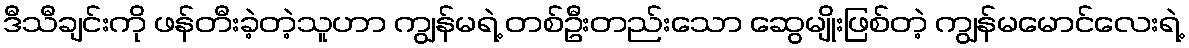
ဒီသီချင်းကို ဖန်တီးခဲ့တဲ့သူဟာ ကျွန်မရဲ့ တစ်ဦးတည်းသော ဆွေမျိုးဖြစ်တဲ့ ကျွန်မမောင်လေးရဲ့